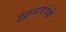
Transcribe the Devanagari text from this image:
इंद्रध्वजाचेही